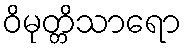
ဝိမုတ္တိသာရော